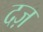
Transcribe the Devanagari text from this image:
दज़